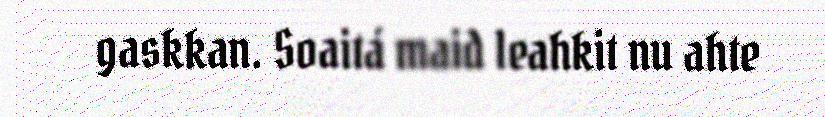
gaskkan. Soaitá maid leahkit nu ahte